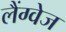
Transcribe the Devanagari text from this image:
लैंग्‍वेज